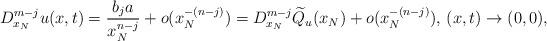
LaTeX: \begin{align*}D_{x_{N}}^{m-j}u(x,t)=\frac{b_{j}a}{x_{N}^{n-j}}+o(x_{N}^{-(n-j)})=D_{x_{N}}^{m-j}\widetilde{Q}_{u}(x_{N})+o(x_{N}^{-(n-j)}),\,(x,t)\rightarrow(0,0),\end{align*}